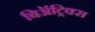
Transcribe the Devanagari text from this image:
बिॲट्रिक्स